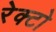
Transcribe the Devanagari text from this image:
रेक्टो